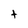
Character: t